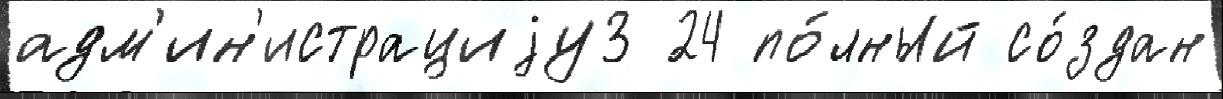
адм'ин'истрациjу3 24 по́лный со́здан